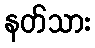
နတ်သား